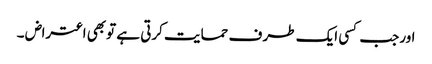
اورجب کسی ایک طر ف حمایت کرتی ہے توبھی اعتراض ۔